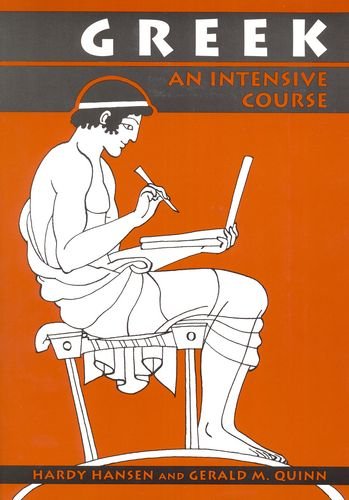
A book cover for Greek: An Intensive Course, 2nd Revised Edition; Hardy Hansen; Reference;